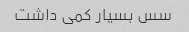
سس بسیار کمی داشت